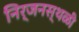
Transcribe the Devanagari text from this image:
निर्जनस्थळी